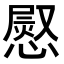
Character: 𢟬